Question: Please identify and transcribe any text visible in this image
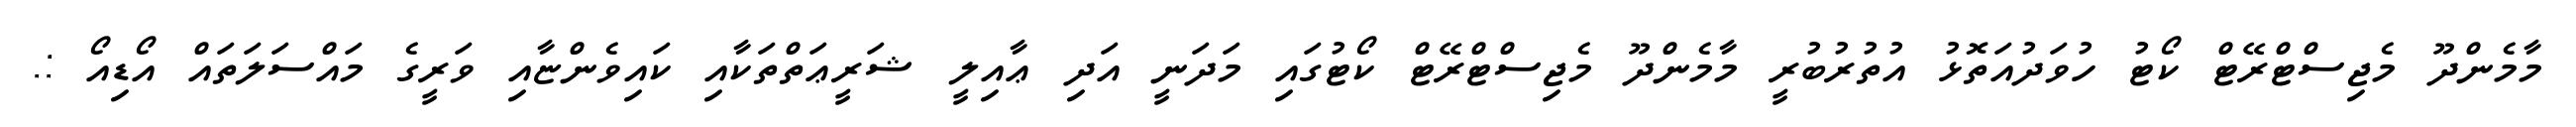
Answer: މާމެންދޫ މެޖިސްޓްރޭޓް ކޯޓު ހުވަދުއަތޮޅު އުތުރުބުރީ މާމެންދޫ މެޖިސްޓްރޭޓް ކޯޓުގައި މަދަނީ އަދި ޢާއިލީ ޝަރީޢަތްތަކާއި ކައިވެންޏާއި ވަރީގެ މައްސަލަތައް އޯޑިއޯ :.